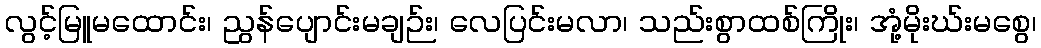
လွင့်မြူမထောင်း၊ ညွန်ပျောင်းမချဉ်း၊ လေပြင်းမလာ၊ သည်းစွာထစ်ကြိုး၊ အုံ့မိုးဃ်းမစွေ၊